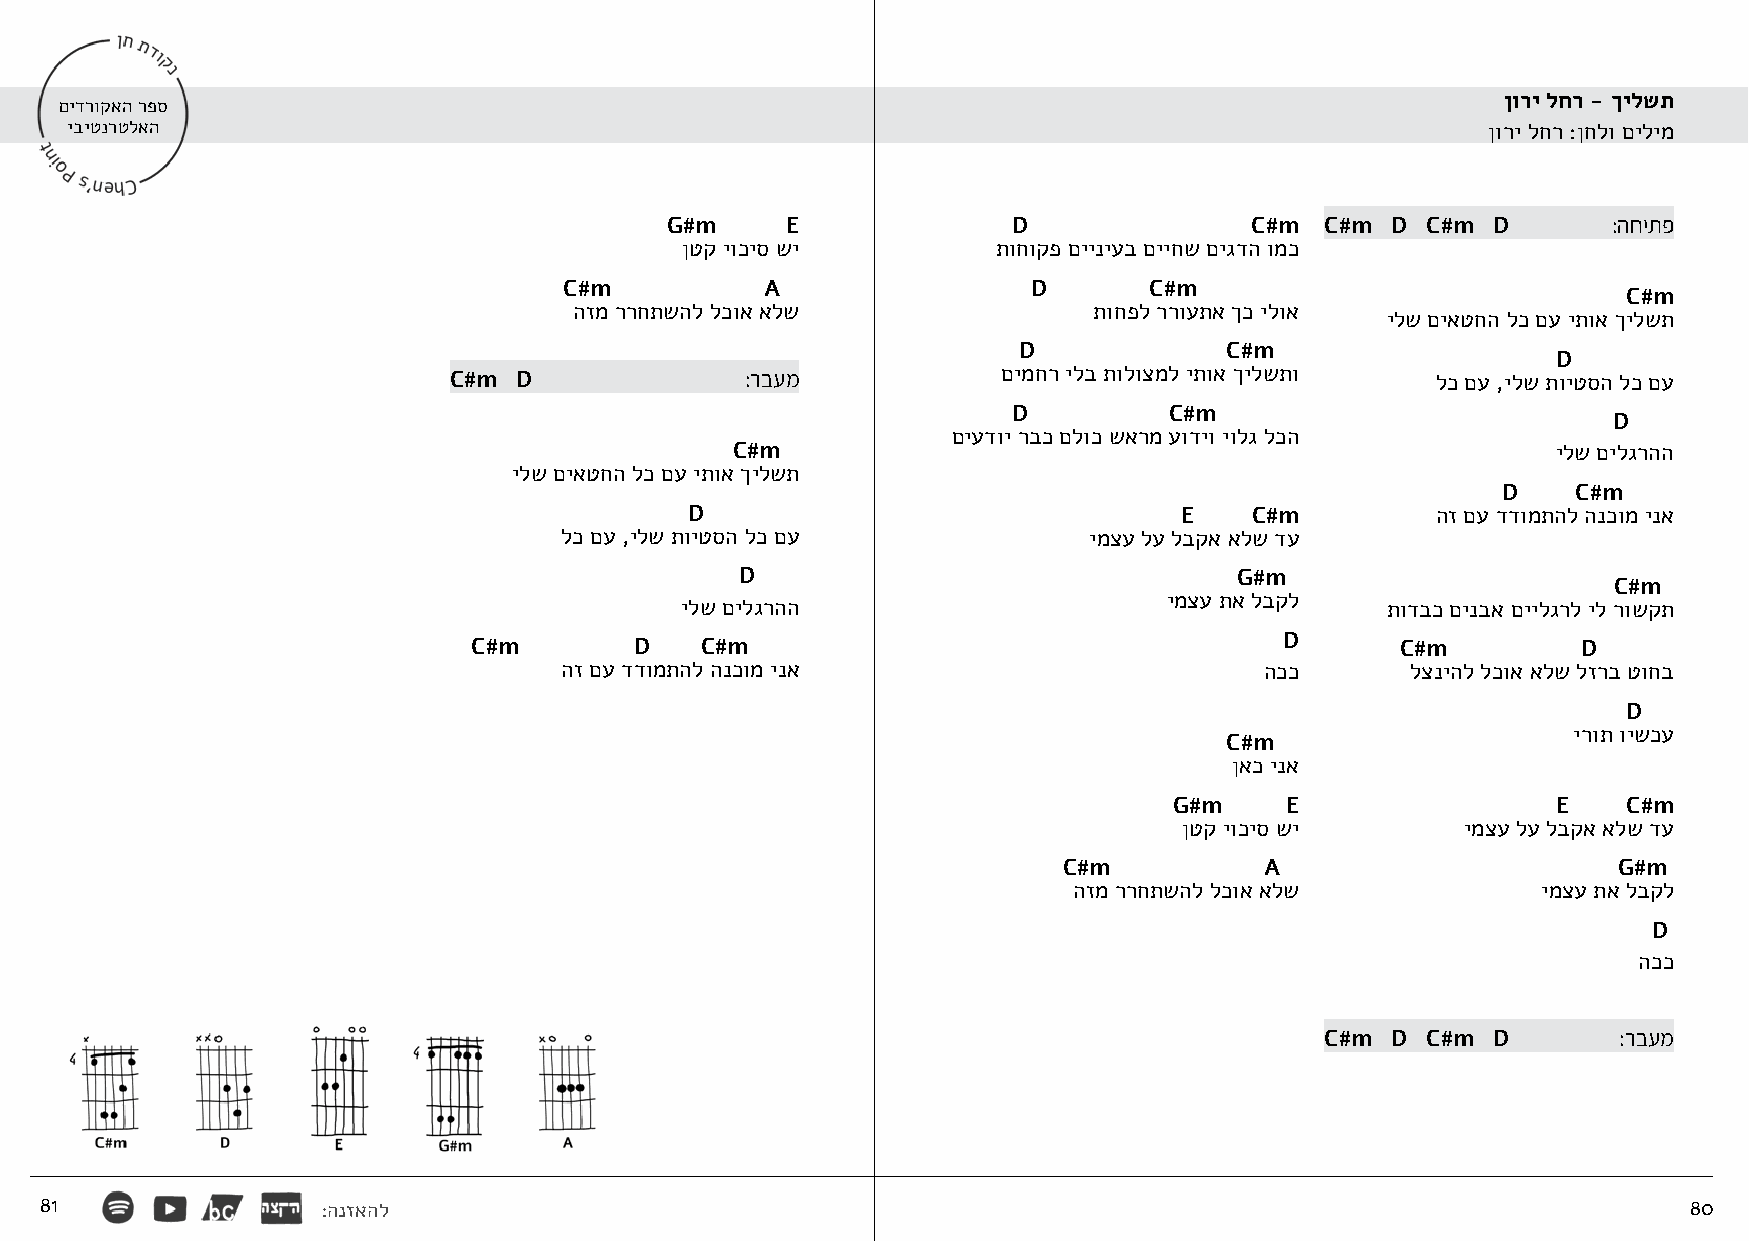
ןורי לחר - ךילשת
 םידרוקאה רפס
 יביטנרטלאה                                                                                    ןורי לחר :ןחלו םילימ
 G#m     E              D               C#m  C#m D C#m  D       :החיתפ
 ןטק יוכיס שי         תוחוקפ םייניעב םייחש םיגדה ומכ
 C#m           A                D       C#m
 C#m
 הזמ ררחתשהל לכוא אלש              תוחפל ררועתא ךכ ילוא
 ילש םיאטחה לכ םע יתוא ךילשת
 D             C#m
 D
 C#m D              :רבעמ           םימחר ילב תולוצמל יתוא ךילשתו לכ םע ,ילש תויטסה לכ םע
 D         C#m
 D
 םיעדוי רבכ םלוכ שארמ עודיו יולג לכה
 C#m                                                    ילש םילגרהה
 ילש םיאטחה לכ םע יתוא ךילשת
 D    C#m
 D                               E    C#m         הז םע דדומתהל הנכומ ינא
 לכ םע ,ילש תויטסה לכ םע            ימצע לע לבקא אלש דע
 D                                G#m
 C#m
 ימצע תא לבקל
 ילש םילגרהה                                    תודבכ םינבא םיילגרל יל רושקת
 C#m        D   C#m                                    D       C#m         D
 הז םע דדומתהל הנכומ ינא                        הככ      לצניהל לכוא אלש לזרב טוחב
 D
 ירות וישכע
 C#m
 ןאכ ינא
 G#m    E                 E    C#m
 ןטק יוכיס שי       ימצע לע לבקא אלש דע
 C#m           A                      G#m
 הזמ ררחתשהל לכוא אלש           ימצע תא לבקל
 D
 הככ
 C#m D C#m  D       :רבעמ
 81                :הנזאהל                                                                                    80